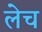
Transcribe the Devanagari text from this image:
लेच